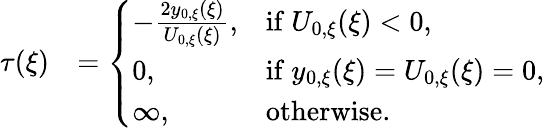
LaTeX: \begin{array}{rl}{\tau(\xi)}&{=\left\{ \begin{array}{ll}{-\frac{2y_{0,\xi}(\xi)}{U_{0,\xi}(\xi)},}&{\mathrm{if~}U_{0,\xi}(\xi)<0,}\\ {0,}&{\mathrm{if~}y_{0,\xi}(\xi)=U_{0,\xi}(\xi)=0,}\\ {\infty,}&{\mathrm{otherwise}.}\end{array}\right.}\end{array}